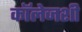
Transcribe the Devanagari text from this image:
कॉलेजशी